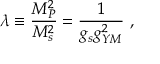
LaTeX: \lambda \equiv { { \frac { M _ { P } ^ { 2 } } { M _ { s } ^ { 2 } } } } = { \frac { 1 } { g _ { s } g _ { Y M } ^ { 2 } } } \ ,